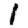
Digit: 1